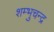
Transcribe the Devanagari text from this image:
शम्भुचन्द्र